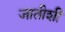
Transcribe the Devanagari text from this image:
जातीशीं